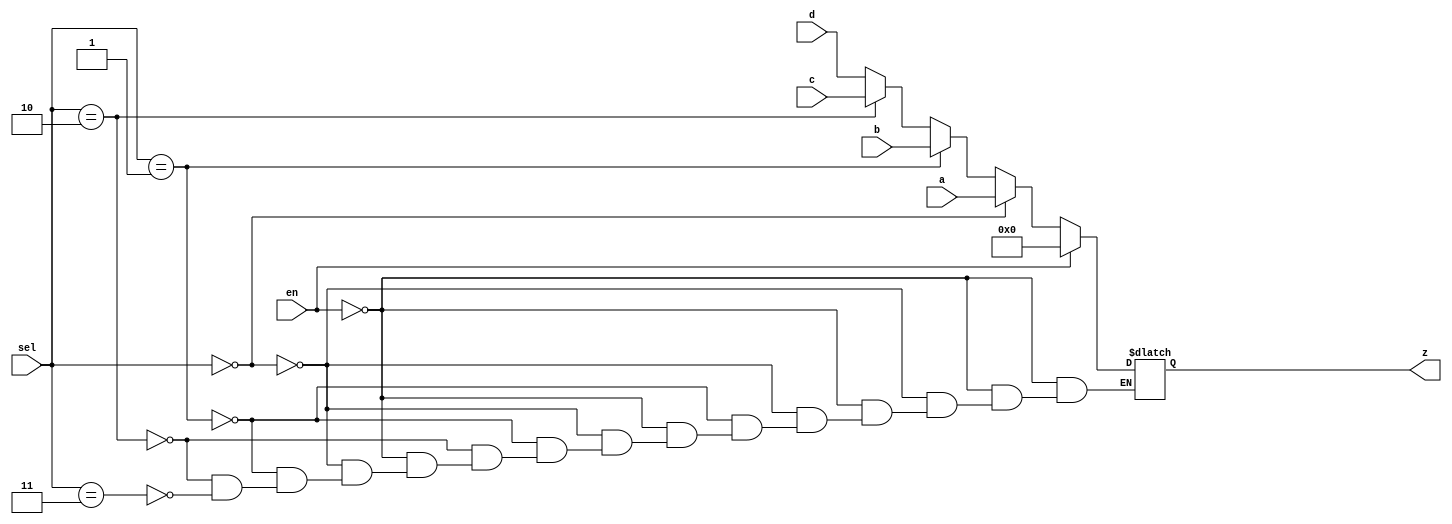
module mux(a,b,c,d,en,sel,z);//module mux.
input[3:0]a,b,c,d;//4bit a,b,c,d in
input en;//1bit en
input[1:0] sel;//2bit sel in
output[3:0] z;//4bit z out
reg [3:0] z;//4bit-register z


always@ (a,b,c,d,en,sel)//a,b,c,d,en,sel? ??? ?? ?? ??
begin

if(en==1) z=4'b0000;//en=1->z=>0000
else
	if(sel==2'b00) z=a;//sel=00->z=>a
	else if(sel==2'b01) z=b;//sel=01->z=>b
	else if(sel==2'b10) z=c;//sel=10->z=>c
	else if(sel==2'b11) z=d;//sel=11->z=>d



end
endmodule